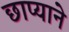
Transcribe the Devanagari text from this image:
छाप्याने